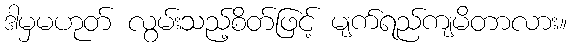
ဒါမှမဟုတ် လွမ်းသည့်စိတ်ဖြင့် မျက်ရည်ကျမိတာလား။